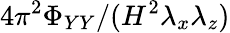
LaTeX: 4\pi^{2}\Phi_{YY}/(H^{2}\lambda_{x}\lambda_{z})